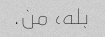
بله، من.